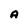
Character: A